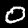
Label: 0